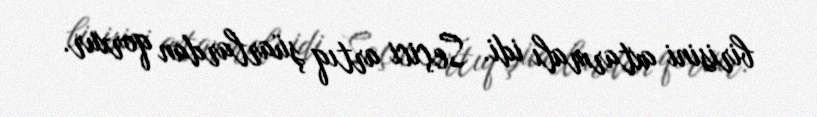
birisini axtarmalı idi. Seçici artıq şüarlardan qorxur.